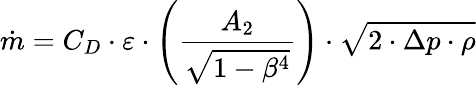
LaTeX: \dot{m}=C_{D}\cdot\varepsilon\cdot\left(\frac{A_{2}}{\sqrt{1-\beta^{4}}}\right)\cdot\sqrt{2\cdot\Delta p\cdot\rho}